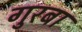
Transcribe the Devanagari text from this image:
गुरबा